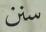
سنن